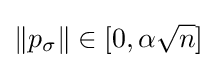
\|p_{\sigma }\|\in [0,\alpha {\sqrt {n}}]